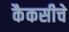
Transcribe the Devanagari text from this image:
कैकसीचे